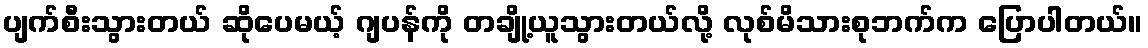
ပျက်စီးသွားတယ် ဆိုပေမယ့် ဂျပန်ကို တချို့ယူသွားတယ်လို့ လုစ်မိသားစုဘက်က ပြောပါတယ်။